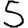
Digit: 5